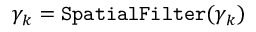
\gamma _ { k } = { \tt S p a t i a l F i l t e r } ( \gamma _ { k } )